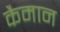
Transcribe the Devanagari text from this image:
कैमान